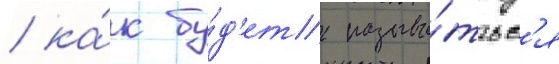
/ ка́к бу́д'ет называ́тьс'я